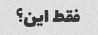
فقط این؟